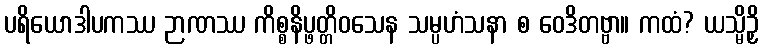
ပရိယောဒါပကဿ ဉာဏဿ ကိစ္စနိပ္ဖတ္တိဝသေန သမ္ပဟံသနာ စ ဝေဒိတဗ္ဗာ။ ကထံ? ယသ္မိဉှိ